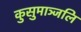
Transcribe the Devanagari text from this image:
कुसुमाञ्जलि